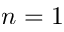
n = 1